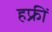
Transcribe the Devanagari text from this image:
हफ्रीं